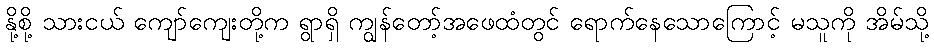
နို့စို့ သားငယ် ကျော်ကျေးတို့က ရွာရှိ ကျွန်တော့်အဖေထံတွင် ရောက်နေသောကြောင့် မသူကို အိမ်သို့